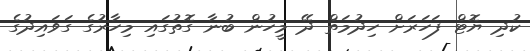
ކުދި ޔޮޓް ފަހަރަށް ހިދުމަތް ދޭ މީހުން ބުނާ ގޮތުގައި މިހާރުގެ ގަވައިދުގެ